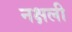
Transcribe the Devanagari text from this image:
नक्षली